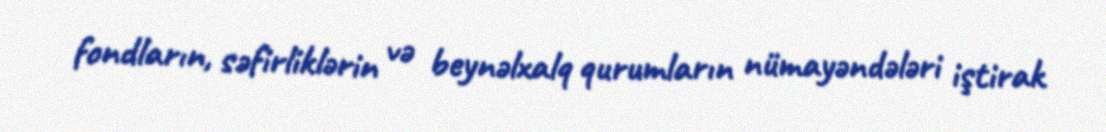
fondların, səfirliklərin və beynəlxalq qurumların nümayəndələri iştirak